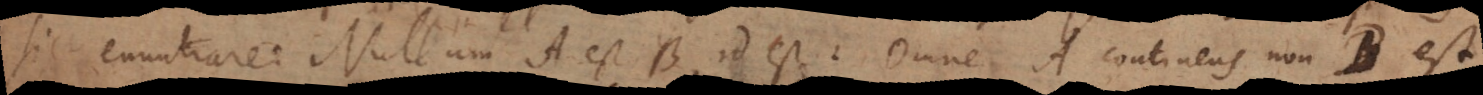
sic enuntiare: Nullum A est B, id est: Omne A continens non‐B est.